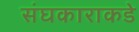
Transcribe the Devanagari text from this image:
संघकाराकडे